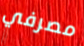
مصرفي